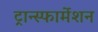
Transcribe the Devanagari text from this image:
ट्रान्स्फार्मेशन